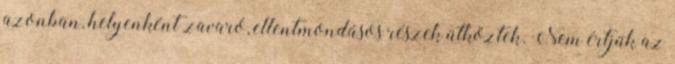
azonban, helyenként zavaró, ellentmondásos részek ütköztek. Nem értjük az